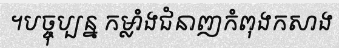
។បច្ចុប្បន្ន កម្លាំងជំនាញកំពុងកសាង